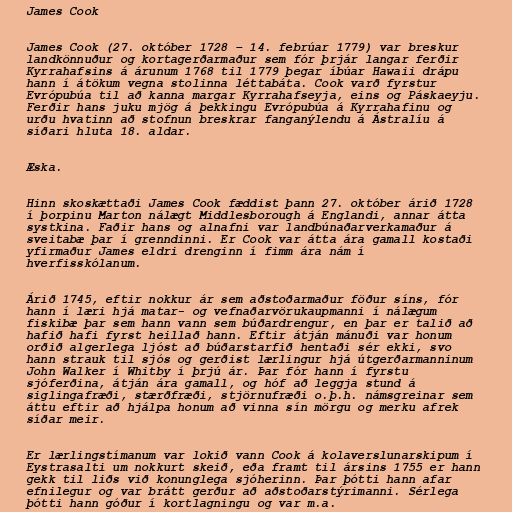
James Cook

James Cook (27. október 1728 – 14. febrúar 1779) var breskur
landkönnuður og kortagerðarmaður sem fór þrjár langar ferðir
Kyrrahafsins á árunum 1768 til 1779 þegar íbúar Hawaii drápu
hann í átökum vegna stolinna léttabáta. Cook varð fyrstur
Evrópubúa til að kanna margar Kyrrahafseyja, eins og Páskaeyju.
Ferðir hans juku mjög á þekkingu Evrópubúa á Kyrrahafinu og
urðu hvatinn að stofnun breskrar fanganýlendu á Ástralíu á
síðari hluta 18. aldar.

Æska.

Hinn skoskættaði James Cook fæddist þann 27. október árið 1728
í þorpinu Marton nálægt Middlesborough á Englandi, annar átta
systkina. Faðir hans og alnafni var landbúnaðarverkamaður á
sveitabæ þar í grenndinni. Er Cook var átta ára gamall kostaði
yfirmaður James eldri drenginn í fimm ára nám í
hverfisskólanum.

Árið 1745, eftir nokkur ár sem aðstoðarmaður föður síns, fór
hann í læri hjá matar- og vefnaðarvörukaupmanni í nálægum
fiskibæ þar sem hann vann sem búðardrengur, en þar er talið að
hafið hafi fyrst heillað hann. Eftir átján mánuði var honum
orðið algerlega ljóst að búðarstarfið hentaði sér ekki, svo
hann strauk til sjós og gerðist lærlingur hjá útgerðarmanninum
John Walker í Whitby í þrjú ár. Þar fór hann í fyrstu
sjóferðina, átján ára gamall, og hóf að leggja stund á
siglingafræði, stærðfræði, stjörnufræði o.þ.h. námsgreinar sem
áttu eftir að hjálpa honum að vinna sín mörgu og merku afrek
síðar meir.

Er lærlingstímanum var lokið vann Cook á kolaverslunarskipum í
Eystrasalti um nokkurt skeið, eða framt til ársins 1755 er hann
gekk til liðs við konunglega sjóherinn. Þar þótti hann afar
efnilegur og var brátt gerður að aðstoðarstýrimanni. Sérlega
þótti hann góður í kortlagningu og var m.a.